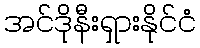
အင်ဒိုနီးရှားနိုင်ငံ